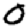
Digit: 0